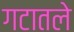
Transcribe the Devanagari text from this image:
गटातले